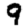
Digit: 9